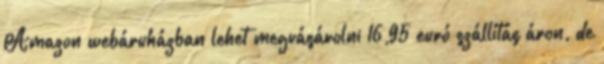
Amazon webáruházban lehet megvásárolni 16,95 euró szállítás áron, de